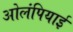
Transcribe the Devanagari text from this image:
ओलंपियाई